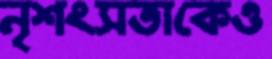
নৃশংসতাকেও